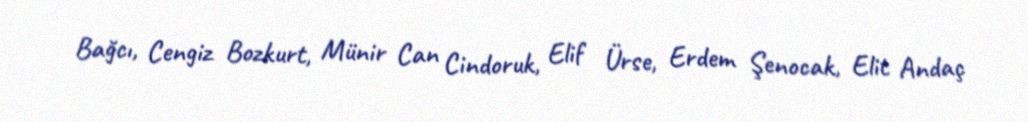
Bağcı, Cengiz Bozkurt, Münir Can Cindoruk, Elif Ürse, Erdem Şenocak, Elit Andaç